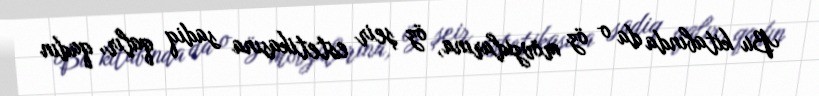
Bu kitabında da o öz mövzularına, öz şeir estetikasına sadiq qalır, qadın